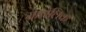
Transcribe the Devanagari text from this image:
मालेलिक